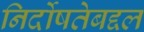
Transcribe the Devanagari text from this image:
निर्दोषतेबद्दल